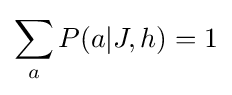
\sum \limits _{a}P(a|J,h)=1